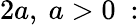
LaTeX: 2a,\ a>0\ :